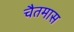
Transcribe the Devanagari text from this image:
चैतमास